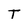
Character: T